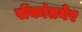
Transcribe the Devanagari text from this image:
सेंकांतनेर